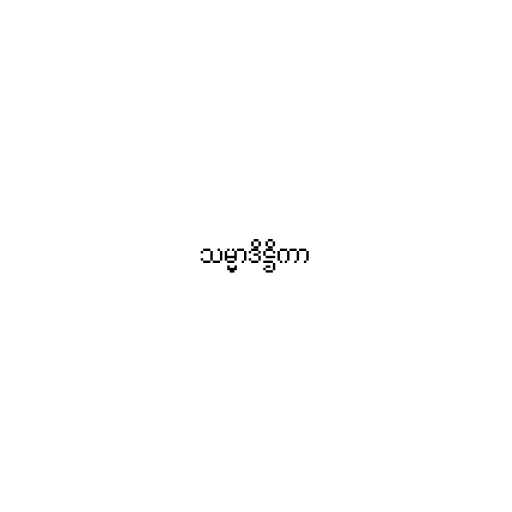
သမ္မာဒိဋ္ဌိကာ